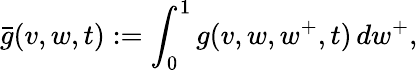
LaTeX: \bar{g}(v,w,t):=\int_{0}^{1}g(v,w,w^{+},t)\, dw^{+},